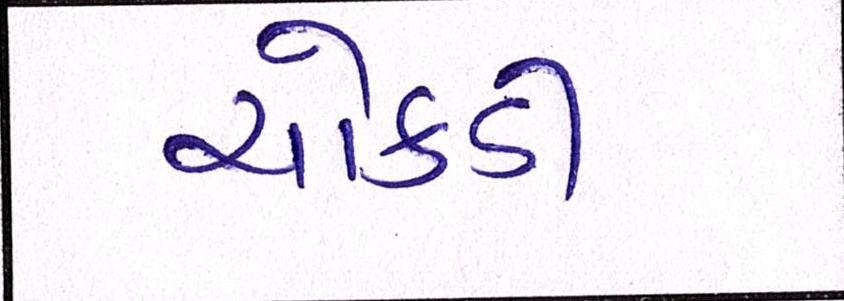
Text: ચોકડી